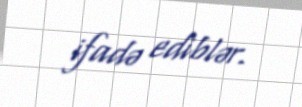
ifadə ediblər.